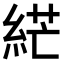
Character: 𦀴